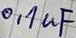
Text: 0,1µF